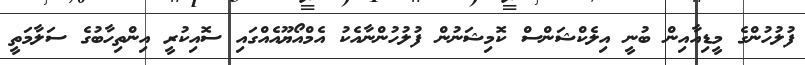
ފުލުހުންގެ މީޑިއާއިން ބުނީ އިލެކްޝަންސް ކޮމިޝަނުން ފުލުހުންނާއެކު އެމްއޯޔޫއެއްގައި ސޮއިކުރީ އިންތިހާބުގެ ސަލާމަތީ